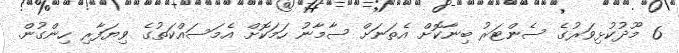
6 މޫދުކުޅިވަރުގެ ސެންޓަރު ބިނާކޮށް އެތަނަށް ސާމާނު ހަމަކޮށް އެމަސައްކަތުގެ ވިޔަފާރި ހިންގުން.